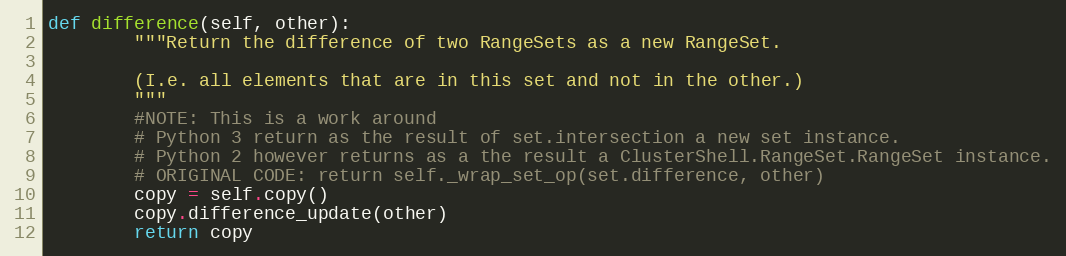
Language: Python
def difference(self, other):
        """Return the difference of two RangeSets as a new RangeSet.

        (I.e. all elements that are in this set and not in the other.)
        """
        #NOTE: This is a work around
        # Python 3 return as the result of set.intersection a new set instance.
        # Python 2 however returns as a the result a ClusterShell.RangeSet.RangeSet instance.
        # ORIGINAL CODE: return self._wrap_set_op(set.difference, other)
        copy = self.copy()
        copy.difference_update(other)
        return copy